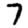
Digit: 7